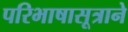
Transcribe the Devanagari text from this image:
परिभाषासूत्राने